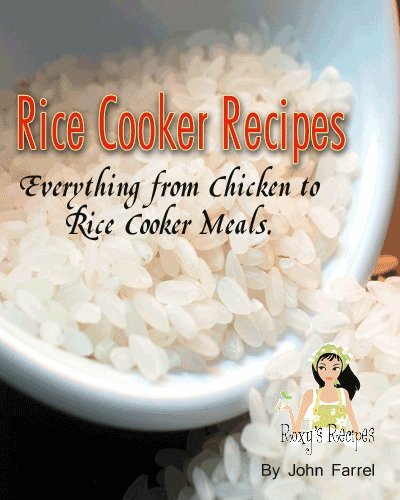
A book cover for Rice Cooker Recipes. Everything from Chicken to Rice Cooker Meals.; John Farrel; Cookbooks, Food & Wine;